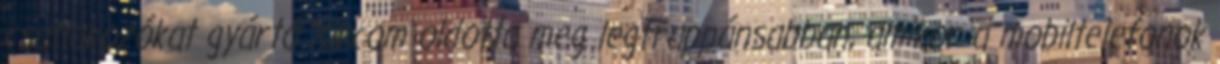
csatlakozókat gyártó Xircom oldotta meg legfrappánsabban, amikor a mobiltelefonok